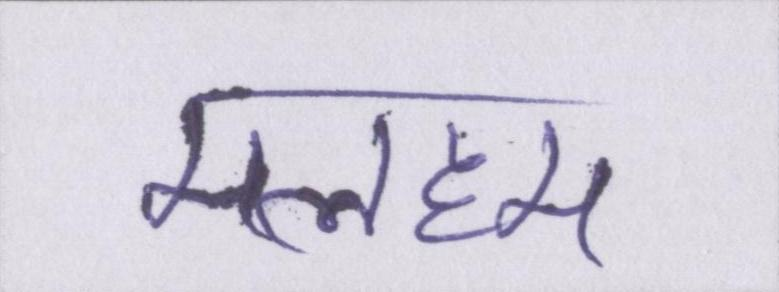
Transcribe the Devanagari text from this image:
मलहम